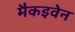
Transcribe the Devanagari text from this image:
मैकइवेन